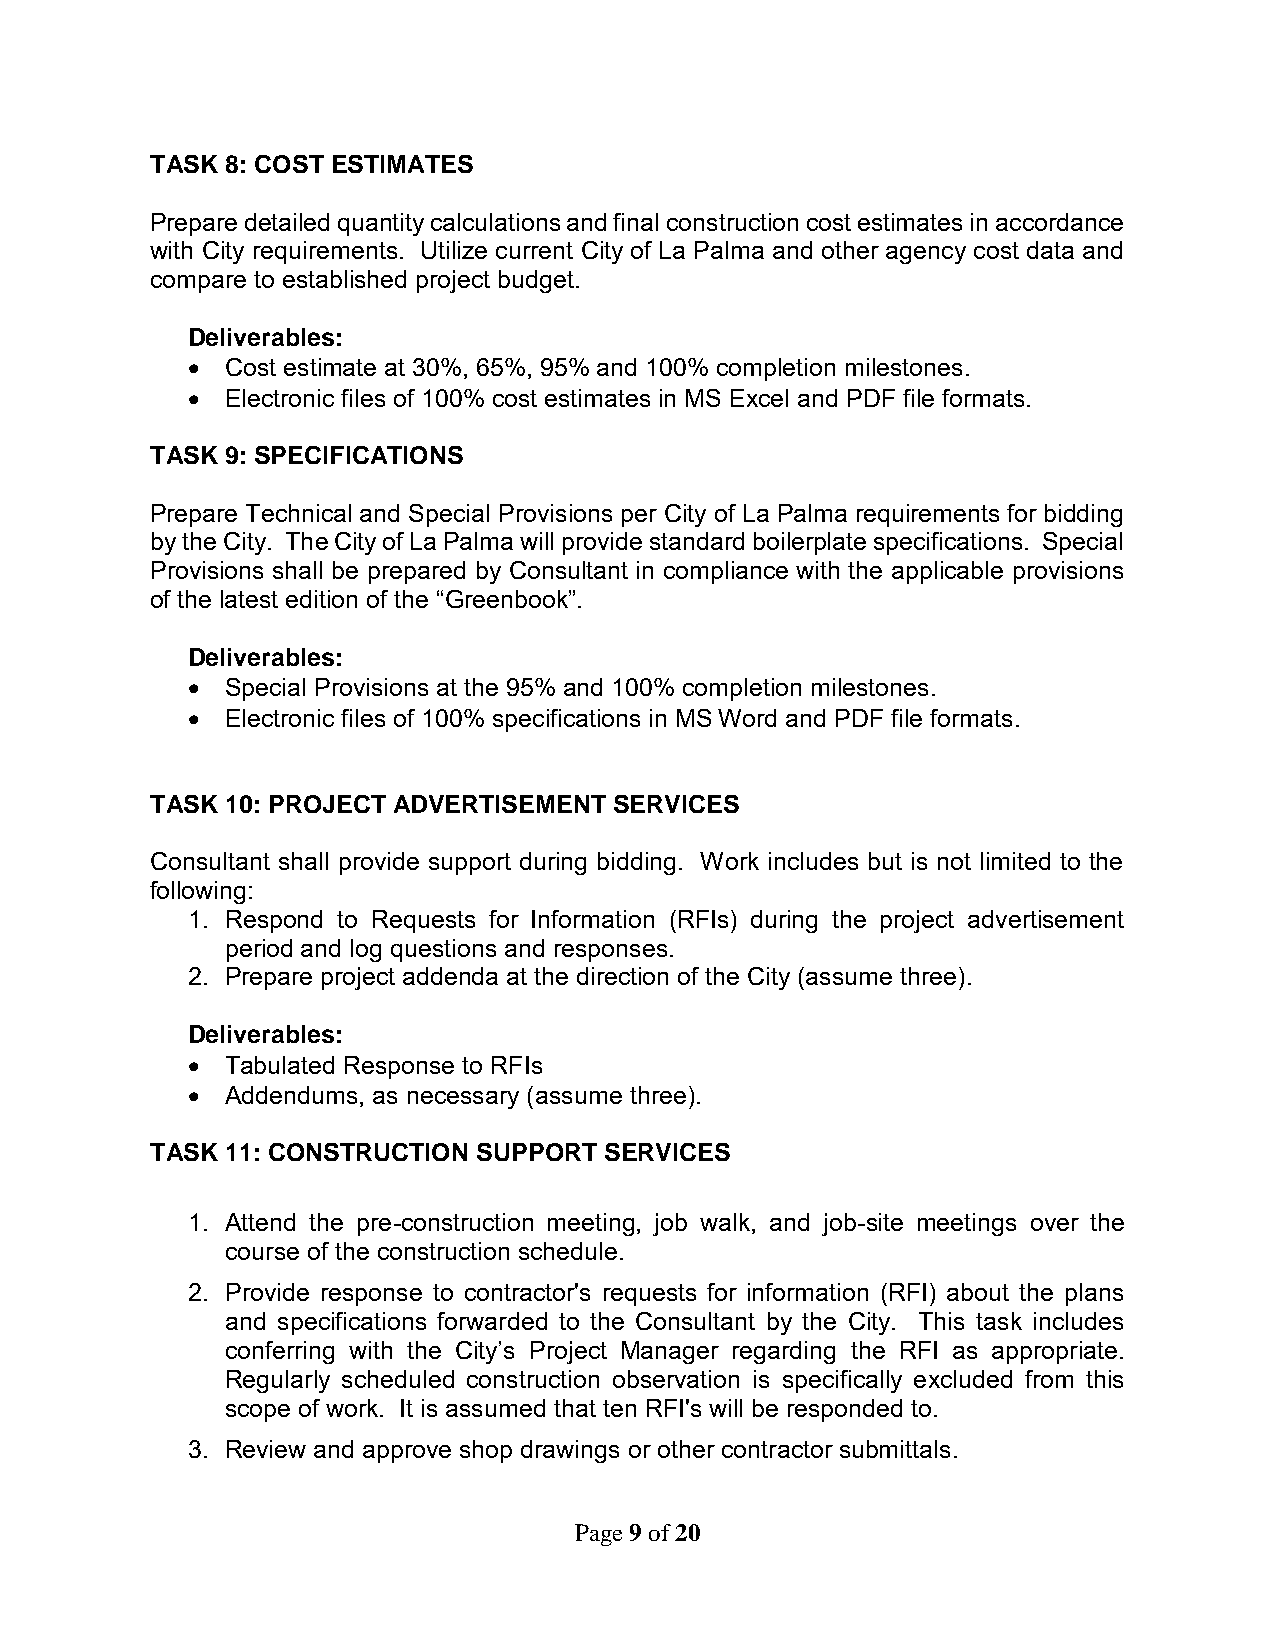
TASK 8: COST ESTIMATES
 Prepare detailed quantity calculations and final construction cost estimates in accordance
 with City requirements. Utilize current City of La Palma and other agency cost data and
 compare to established project budget.
 Deliverables:
   Cost estimate at 30%, 65%, 95% and 100% completion milestones.
   Electronic files of 100% cost estimates in MS Excel and PDF file formats.
 TASK 9: SPECIFICATIONS
 Prepare Technical and Special Provisions per City of La Palma requirements for bidding
 by the City. The City of La Palma will provide standard boilerplate specifications. Special
 Provisions shall be prepared by Consultant in compliance with the applicable provisions
 of the latest edition of the “Greenbook”.
 Deliverables:
   Special Provisions at the 95% and 100% completion milestones.
   Electronic files of 100% specifications in MS Word and PDF file formats.
 TASK 10: PROJECT ADVERTISEMENT SERVICES
 Consultant shall provide support during bidding. Work includes but is not limited to the
 following:
 1. Respond to Requests for Information (RFIs) during the project advertisement
 period and log questions and responses.
 2. Prepare project addenda at the direction of the City (assume three).
 Deliverables:
   Tabulated Response to RFIs
   Addendums, as necessary (assume three).
 TASK 11: CONSTRUCTION SUPPORT SERVICES
 1. Attend the pre-construction meeting, job walk, and job-site meetings over the
 course of the construction schedule.
 2. Provide response to contractor's requests for information (RFI) about the plans
 and specifications forwarded to the Consultant by the City. This task includes
 conferring with the City’s Project Manager regarding the RFI as appropriate.
 Regularly scheduled construction observation is specifically excluded from this
 scope of work. It is assumed that ten RFI's will be responded to.
 3. Review and approve shop drawings or other contractor submittals.
 Page 9 of 20